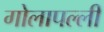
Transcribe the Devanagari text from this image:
गोलापल्ली